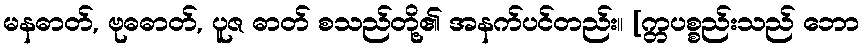
မနဓာတ်, ဗုဓဓာတ်, ပူဇ ဓာတ် စသည်တို့၏ အနက်ပင်တည်း။ [က္တပစ္စည်းသည် ဘော